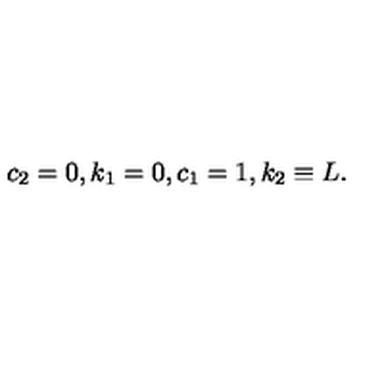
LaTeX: c _ { 2 } = 0 , k _ { 1 } = 0 , c _ { 1 } = 1 , k _ { 2 } \equiv L .